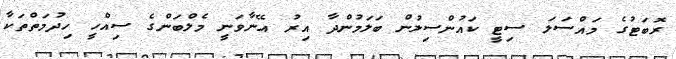
ރޮބަޓުގެ މައްސަލަ ސިޓީ ކައުންސިލުން ބަލަމުންދާ އިރު އޭނާވަނީ މެލްބަންގެ ސިއްހީ ހިދުމަތްތަކާ